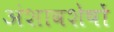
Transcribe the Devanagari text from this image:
अंशावशेषों